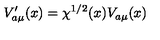
V _ { a \mu } ^ { \prime } ( x ) = \chi ^ { 1 / 2 } ( x ) V _ { a \mu } ( x )